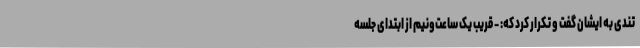
تندی به ایشان گفت و تکرار کرد که: - قریب یک ساعت‌و‌نیم از ابتدای جلسه